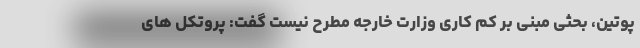
پوتین، بحثی مبنی بر کم کاری وزارت خارجه مطرح نیست گفت: پروتکل های